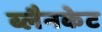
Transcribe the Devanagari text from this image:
ब्लैनकेट